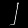
Digit: ၂